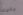
داليك